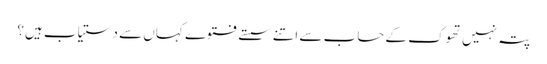
پتہ نہیں تھوک کے حساب سے اتنے سستے فتوے کہاں سے دستیاب ہیں؟